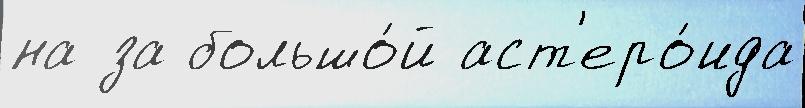
на за большо́й аст'еро́ида